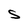
Character: S